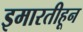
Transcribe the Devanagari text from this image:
इमारतीहून